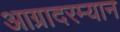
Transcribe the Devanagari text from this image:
आग्रादरम्यान